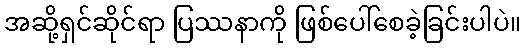
အဆို့ရှင်ဆိုင်ရာ ပြဿနာကို ဖြစ်ပေါ်စေခဲ့ခြင်းပါပဲ။